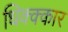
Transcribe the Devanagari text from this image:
धिक्क्कार